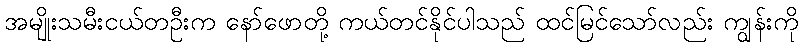
အမျိုးသမီးငယ်တဦးက နော်ဖောတို့ ကယ်တင်နိုင်ပါသည် ထင်မြင်သော်လည်း ကျွန်းကို